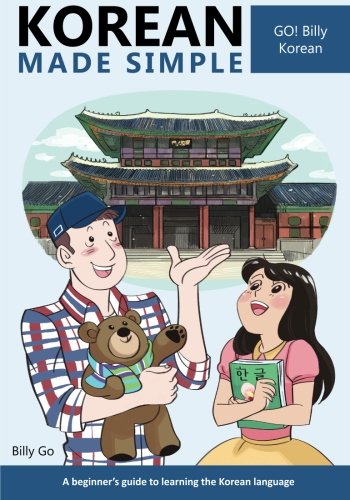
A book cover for Korean Made Simple: A beginner's guide to learning the Korean language (Volume 1); Billy Go; Reference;